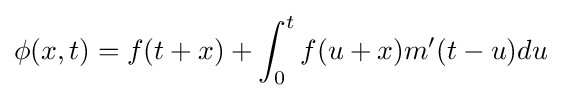
\phi (x,t)=f(t+x)+\int _{0}^{t}f(u+x)m'(t-u)du